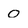
Character: 0